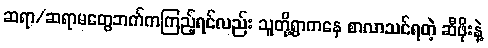
ဆရာ/ဆရာမတွေဘက်ကကြည့်ရင်လည်း သူတို့ရွာကနေ စာလာသင်ရတဲ့ ဆီဖိုးနဲ့